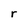
Character: r